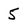
Character: 5